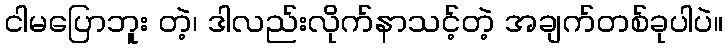
ငါမပြောဘူး တဲ့၊ ဒါလည်းလိုက်နာသင့်တဲ့ အချက်တစ်ခုပါပဲ။